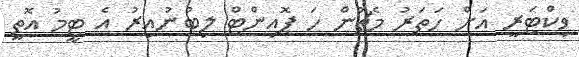
ވިކްޓަރީ އަށް ހަތަރު މެޗުން ހަ ޕޮއިންޓް ލިބުނުއިރު އެ ޓީމު އޮތީ